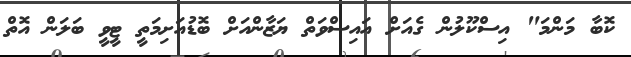
ކޮބާ މަންމަ" އިސްކޫލުން ގެއަށް އައިސްވަތް ޔަޒާންއަށް ބޮޑުއަށިމަތީ ޓީވީ ބަލަން އޮތް